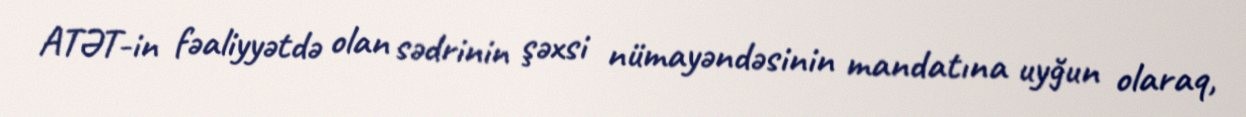
ATƏT-in fəaliyyətdə olan sədrinin şəxsi nümayəndəsinin mandatına uyğun olaraq,